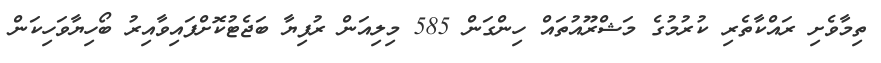
ތިމާވެށި ރައްކާތެރި ކުރުމުގެ މަޝްރޫއުތައް ހިންގަން 585 މިލިއަން ރުފިޔާ ބަޖެޓުކޮށްފައިވާއިރު ބޯހިޔާވަހިކަން